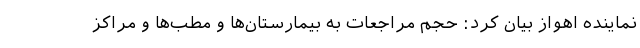
نماینده اهواز بیان کرد: حجم مراجعات به بیمارستان‌ها و مطب‌ها و مراکز